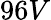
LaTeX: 96V